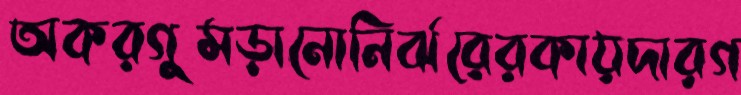
অকরগুমড়ানোনির্ঝরেরকায়দারগ